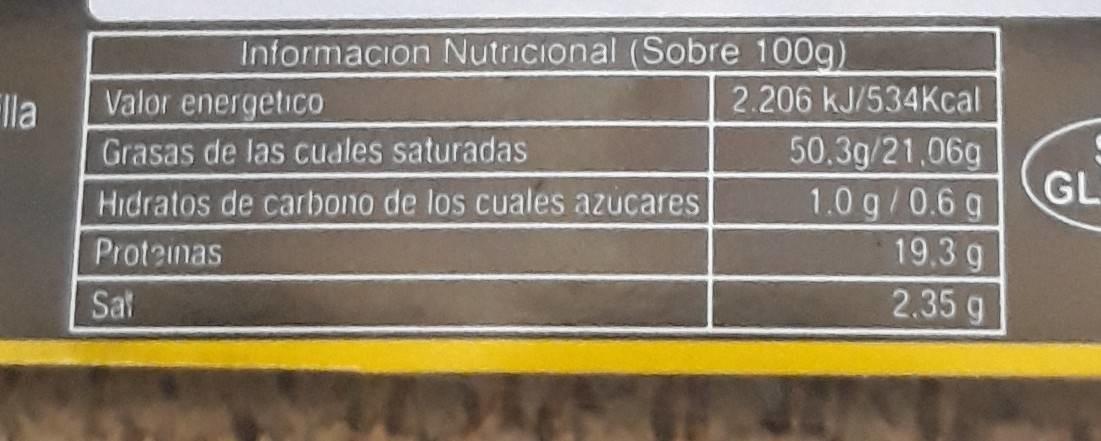
Informacion Nutricional (Sobre 100g)
lla
Valor energetico
2.206 kJ/534Kcal
Grasas de las cuales saturadas
50.3g/21.06g
Hidratos de carbono de los cuales azucares
1.0 g/0.6 g
GL
Proteinas
19.3 g
Sat
2.35 g